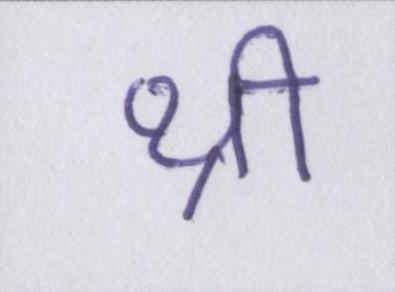
थ्री